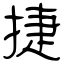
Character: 捷